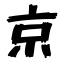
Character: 京